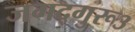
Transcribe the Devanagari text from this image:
जगद्गुरू३